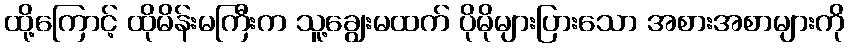
ထို့ကြောင့် ထိုမိန်းမကြီးက သူ့ချွေးမထက် ပိုမိုများပြားသော အစားအစာများကို